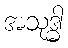
အသုဒ္ဓါ